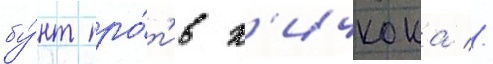
бу́нт про́т'ив х'ичкока //